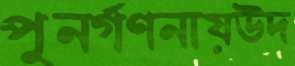
পুনর্গণনায়উদ